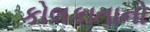
કોલકાતાનો